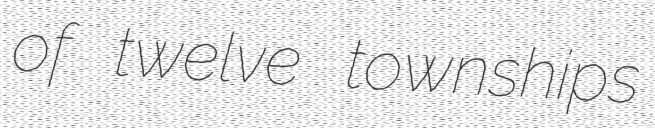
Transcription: of twelve townships